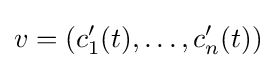
v=(c_{1}'(t),\dots ,c_{n}'(t))